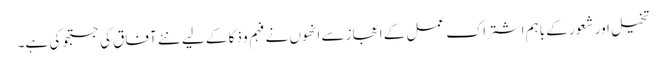
تخیل اور شعور کے باہم اشتراک عمل کے اعجاز سے انھوں نے فہم و ذکا کے لیے نئے آفاق کی جستجو کی ہے۔